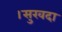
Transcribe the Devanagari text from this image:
।सुखदा